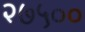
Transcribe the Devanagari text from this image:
२७५००